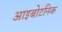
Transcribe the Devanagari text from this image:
आइबोटनिक